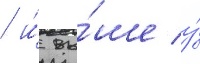
/ и́ вы́ше у́